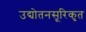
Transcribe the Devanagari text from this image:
उद्योतनसूरिकृत